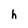
Character: h